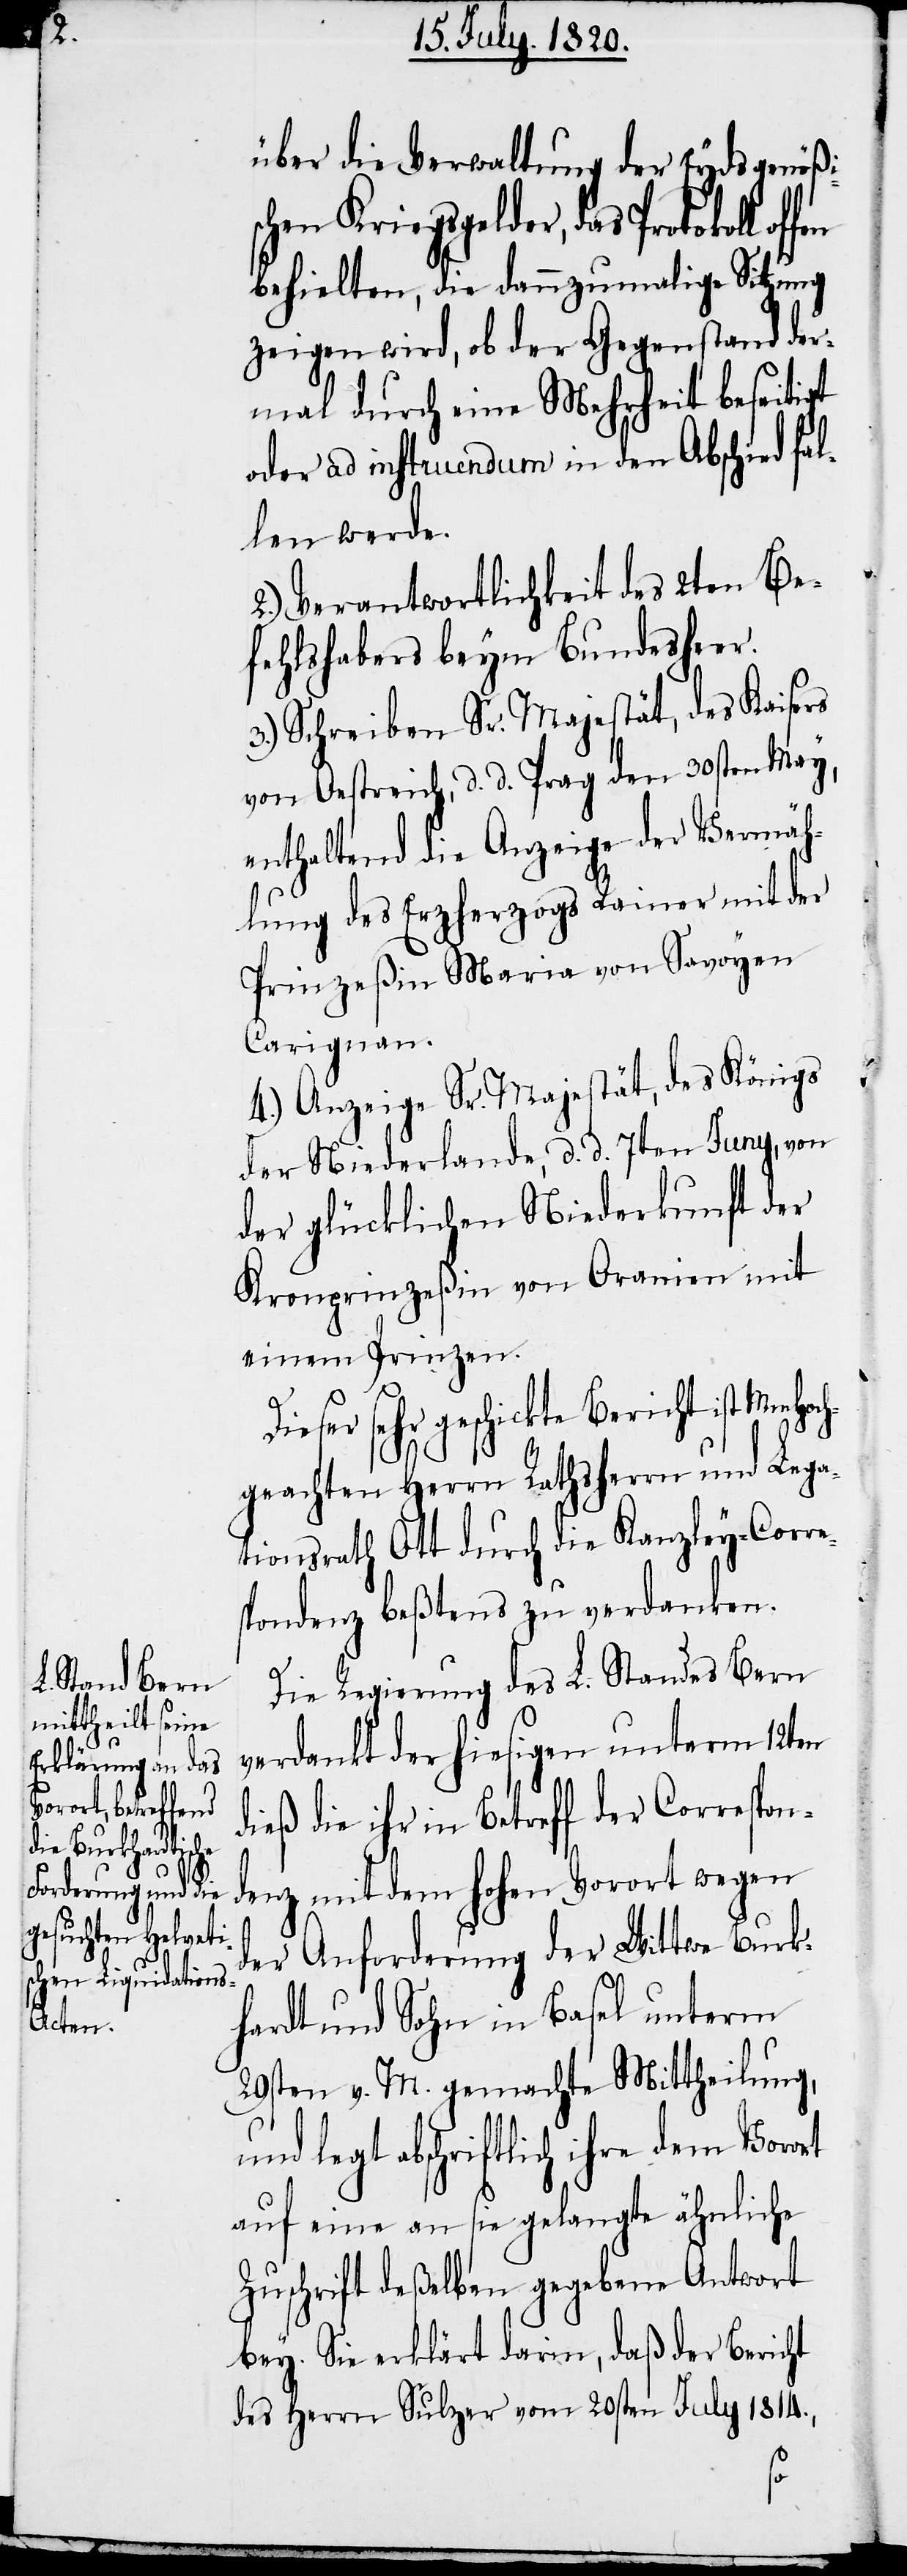
über die Verwaltung der Eydsgenößi¬
hen Kriegsgelder, das Protokoll
behielten, die dannzumalige Sitzung
zeigen wird, ob der Gegenstand der¬
mal durch eine Mehrheit beseitigt
oder ad instruendum in den Abschied fal¬
len werde.
2.) Verantwortlichkeit des 2ten Be¬
fehlshabers beym Bundesheer.
3.) Schreiben Sr. Majestät, des Kaisers
von Oestreich, d. d. Prag den 30sten May,
enthaltend die Anzeige der Vermäh¬
lung des Erzherzogs Rainer mit der
Prinzeßin Maria von Savoyen
Carignan.
4.) Anzeige Sr. Majestät, des Königs
der Niederlande, d. d. 7ten Juny, von
der glücklichen Niederkunft der
Kronprinzeßin von Oranien mit
einem Prinzen.
Dieser sehr geschickte Bericht ist MmHoch¬
geachten Herrn Rathsherrn und Lega¬
tionsrath Ott durch die Kanzley-Corre¬
spondenz beßtens zu verdanken.
sc¬
Die Regierung des L. Standes Bern
verdankt der hiesigen unterm 12ten
dieß die ihr in Betreff der Correspon¬
denz mit dem hohen Vorort wegen
der Anforderung der Wittwe Burk¬
hardt und Sohn in Basel unterm
29sten v. M. gemachte Mittheilung,
und legt abschriftlich ihre dem Vorort
auf eine an sie gelangte ähnliche
Zuschrift deßelben gegen Antwort
bey. Sie erklärt darin, daß der Bericht
des Herrn Sulzer vom 20sten July 1814.,